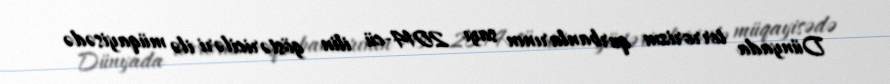
Dünyada terrorizm qurbanlarının sayı 2014-cü ilin göstəriciləri ilə müqayisədə